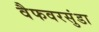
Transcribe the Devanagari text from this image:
वैफवरसुंडा